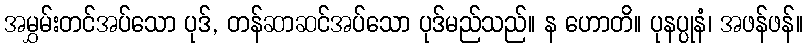
အမွှမ်းတင်အပ်သော ပုဒ်, တန်ဆာဆင်အပ်သော ပုဒ်မည်သည်။ န ဟောတိ။ ပုနပ္ပုနံ၊ အဖန်ဖန်။